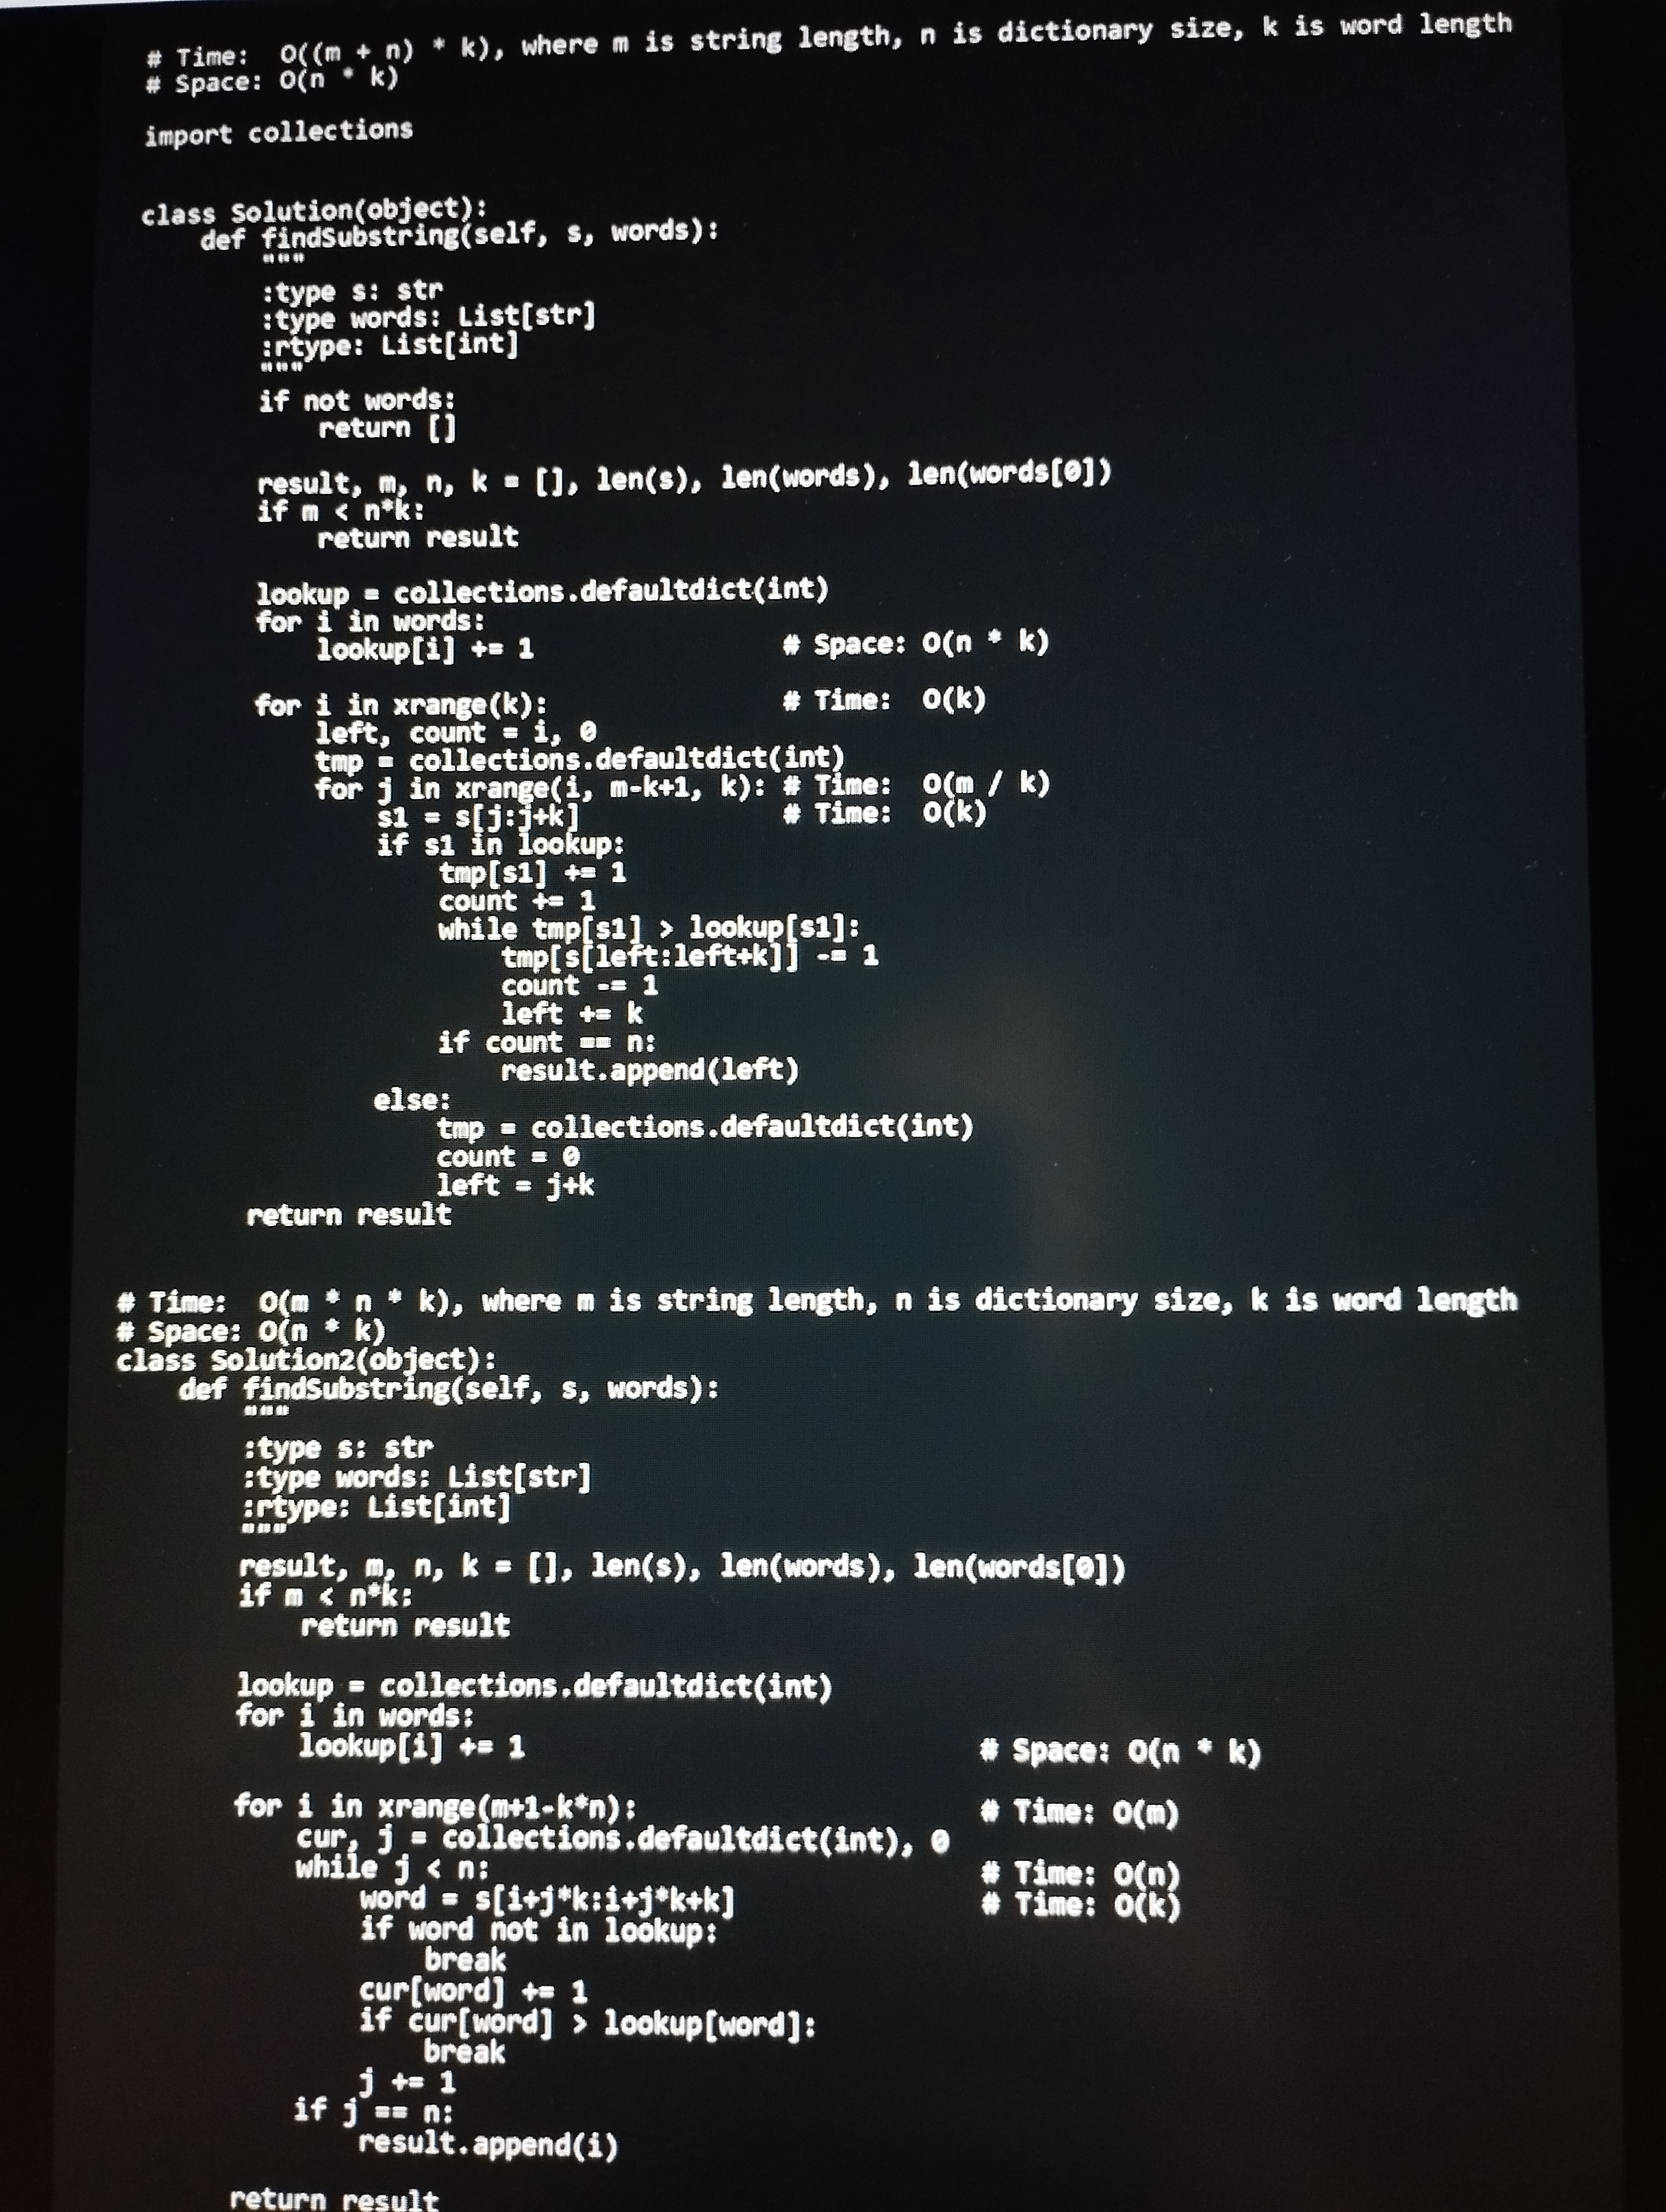
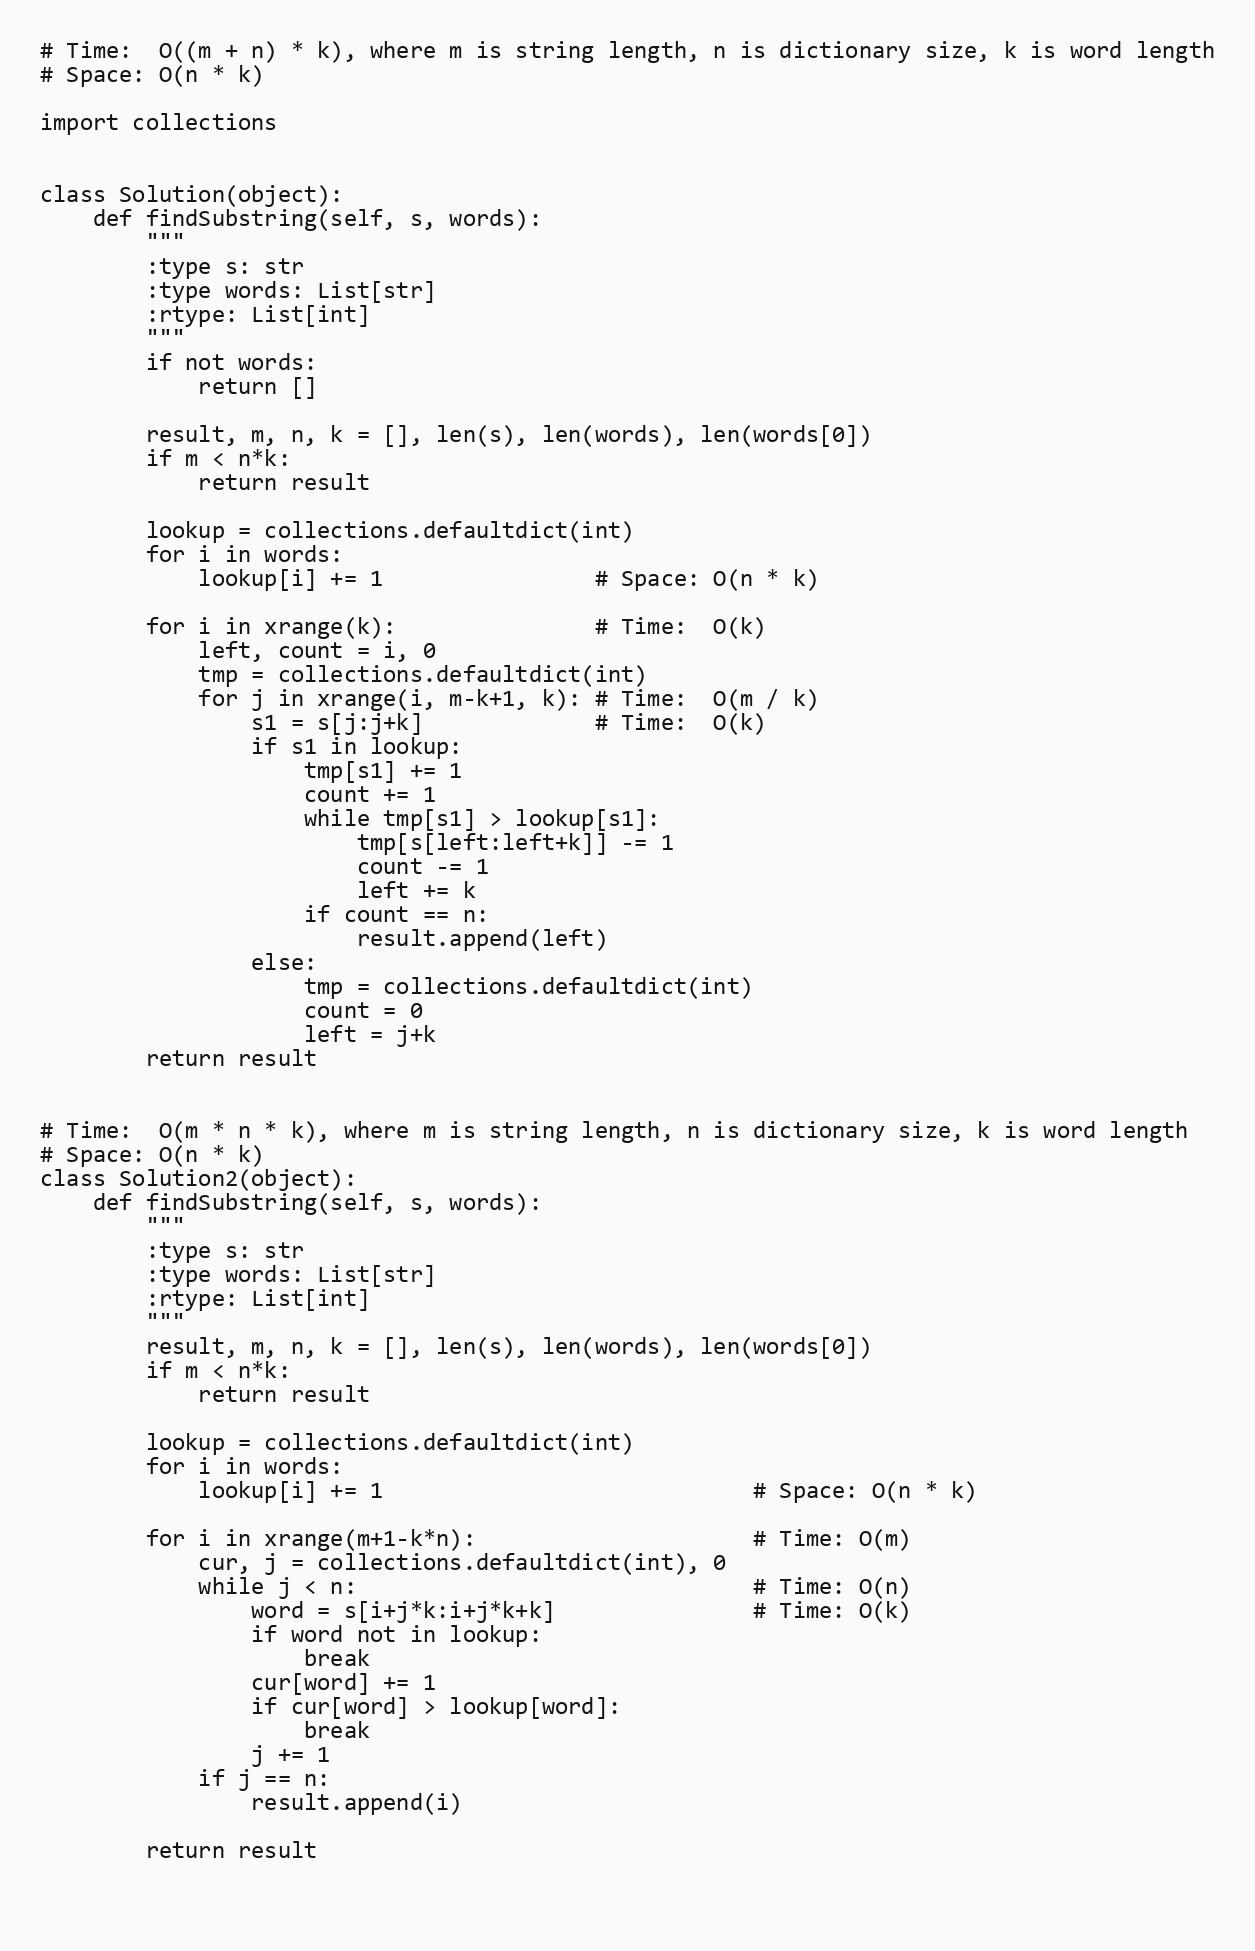
# Time:  O((m + n) * k), where m is string length, n is dictionary size, k is word length
# Space: O(n * k)

import collections

class Solution(object):
    def findSubstring(self, s, words):
        """
        :type s: str
        :type words: List[str]
        :rtype: List[int]
        """
        if not words:
            return []

        result, m, n, k = [], len(s), len(words), len(words[0])
        if m < n*k:
            return result

        lookup = collections.defaultdict(int)
        for i in words:
            lookup[i] += 1                # Space: O(n * k)

        for i in xrange(k):               # Time:  O(k)
            left, count = i, 0
            tmp = collections.defaultdict(int)
            for j in xrange(i, m-k+1, k): # Time:  O(m / k)
                s1 = s[j:j+k]             # Time:  O(k)
                if s1 in lookup:
                    tmp[s1] += 1
                    count += 1
                    while tmp[s1] > lookup[s1]:
                        tmp[s[left:left+k]] -= 1
                        count -= 1
                        left += k
                    if count == n:
                        result.append(left)
                else:
                    tmp = collections.defaultdict(int)
                    count = 0
                    left = j+k
        return result

# Time:  O(m * n * k), where m is string length, n is dictionary size, k is word length
# Space: O(n * k)
class Solution2(object):
    def findSubstring(self, s, words):
        """
        :type s: str
        :type words: List[str]
        :rtype: List[int]
        """
        result, m, n, k = [], len(s), len(words), len(words[0])
        if m < n*k:
            return result

        lookup = collections.defaultdict(int)
        for i in words:
            lookup[i] += 1                            # Space: O(n * k)

        for i in xrange(m+1-k*n):                     # Time: O(m)
            cur, j = collections.defaultdict(int), 0
            while j < n:                              # Time: O(n)
                word = s[i+j*k:i+j*k+k]               # Time: O(k)
                if word not in lookup:
                    break
                cur[word] += 1
                if cur[word] > lookup[word]:
                    break
                j += 1
            if j == n:
                result.append(i)

        return result